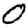
Digit: 0